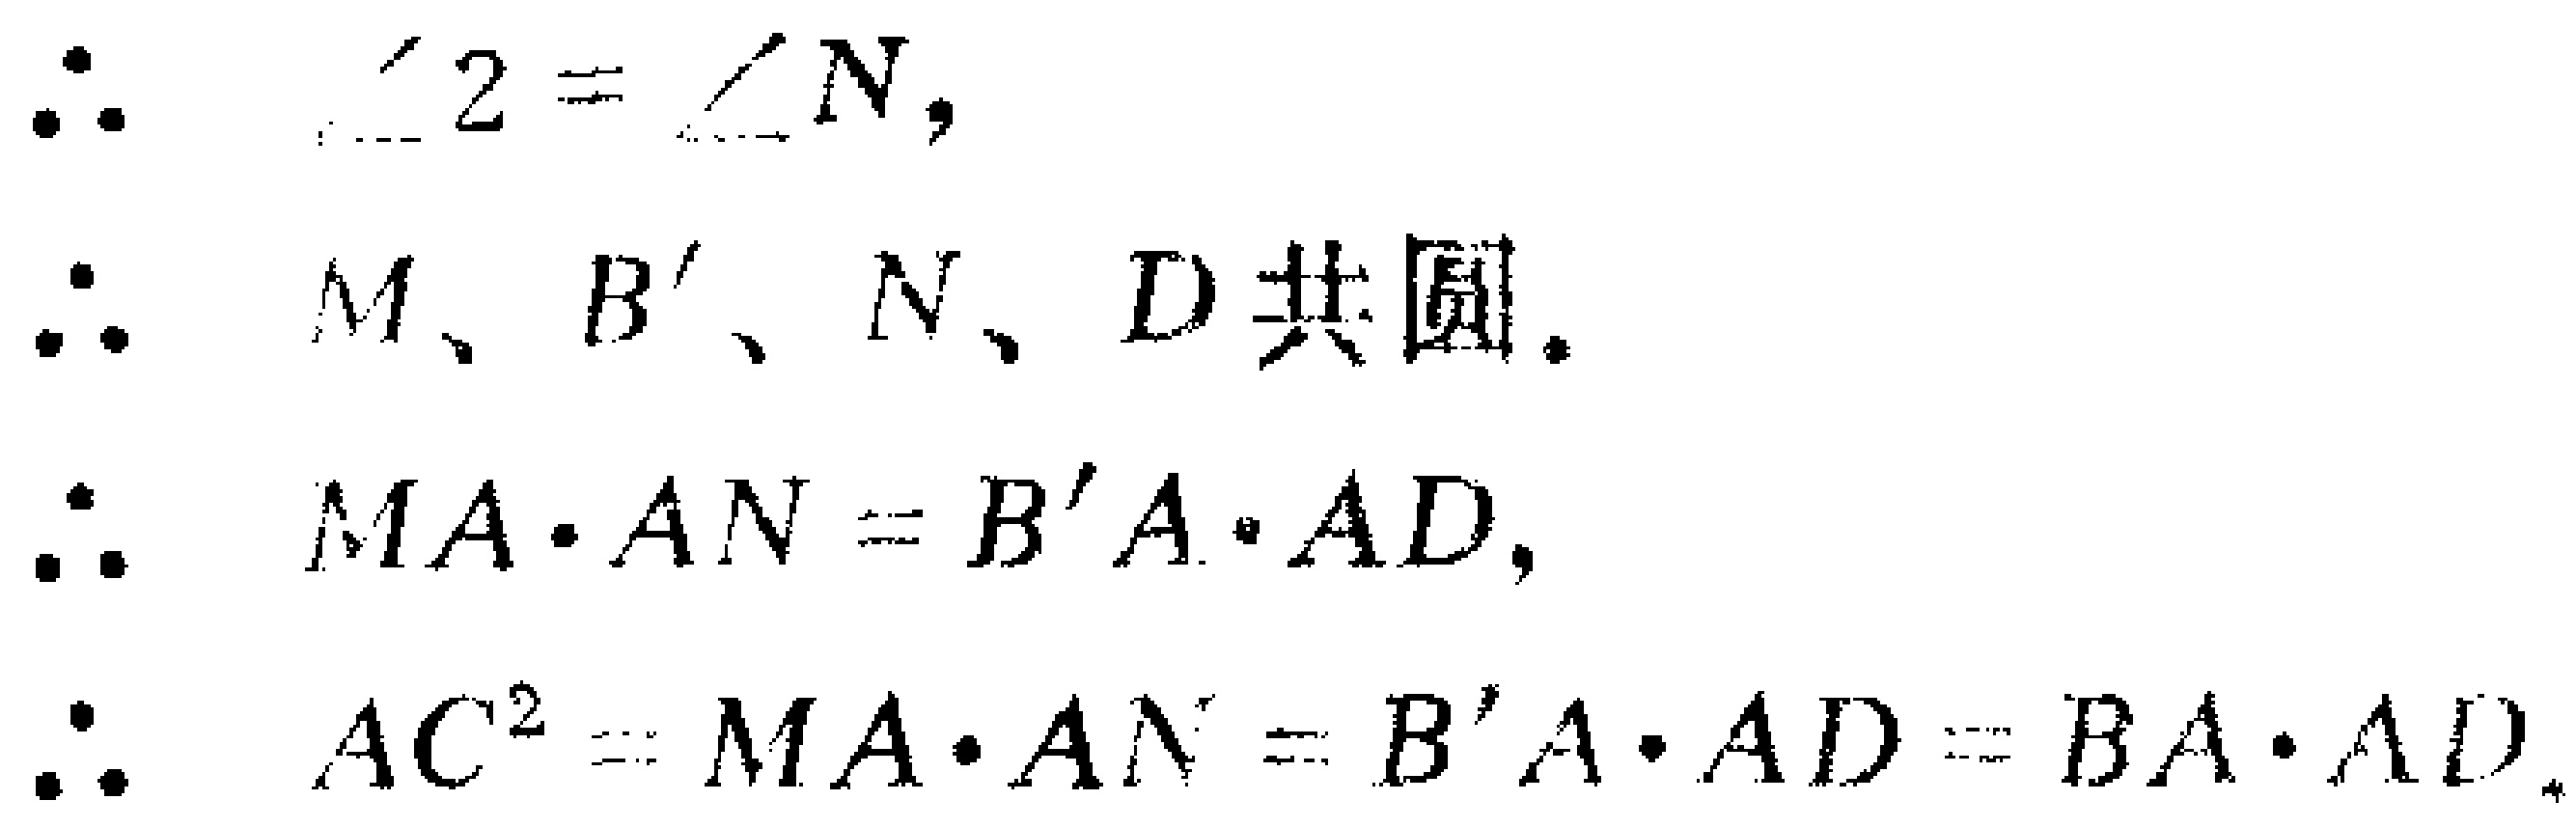
\begin{align*}
\therefore \quad &\angle 2 = \angle N,\\
\therefore \quad &M、B'、N、D\text{ 共圆}.\\
\therefore \quad &MA\cdot AN = B'A\cdot AD,\\
\therefore \quad &AC^{2} = MA\cdot AN = B'A\cdot AD = BA\cdot AD.
\end{align*}